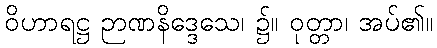
ဝိဟာရဋ္ဌ ဉာဏနိဒ္ဒေသေ၊ ၌။ ဝုတ္တာ၊ အပ်၏။